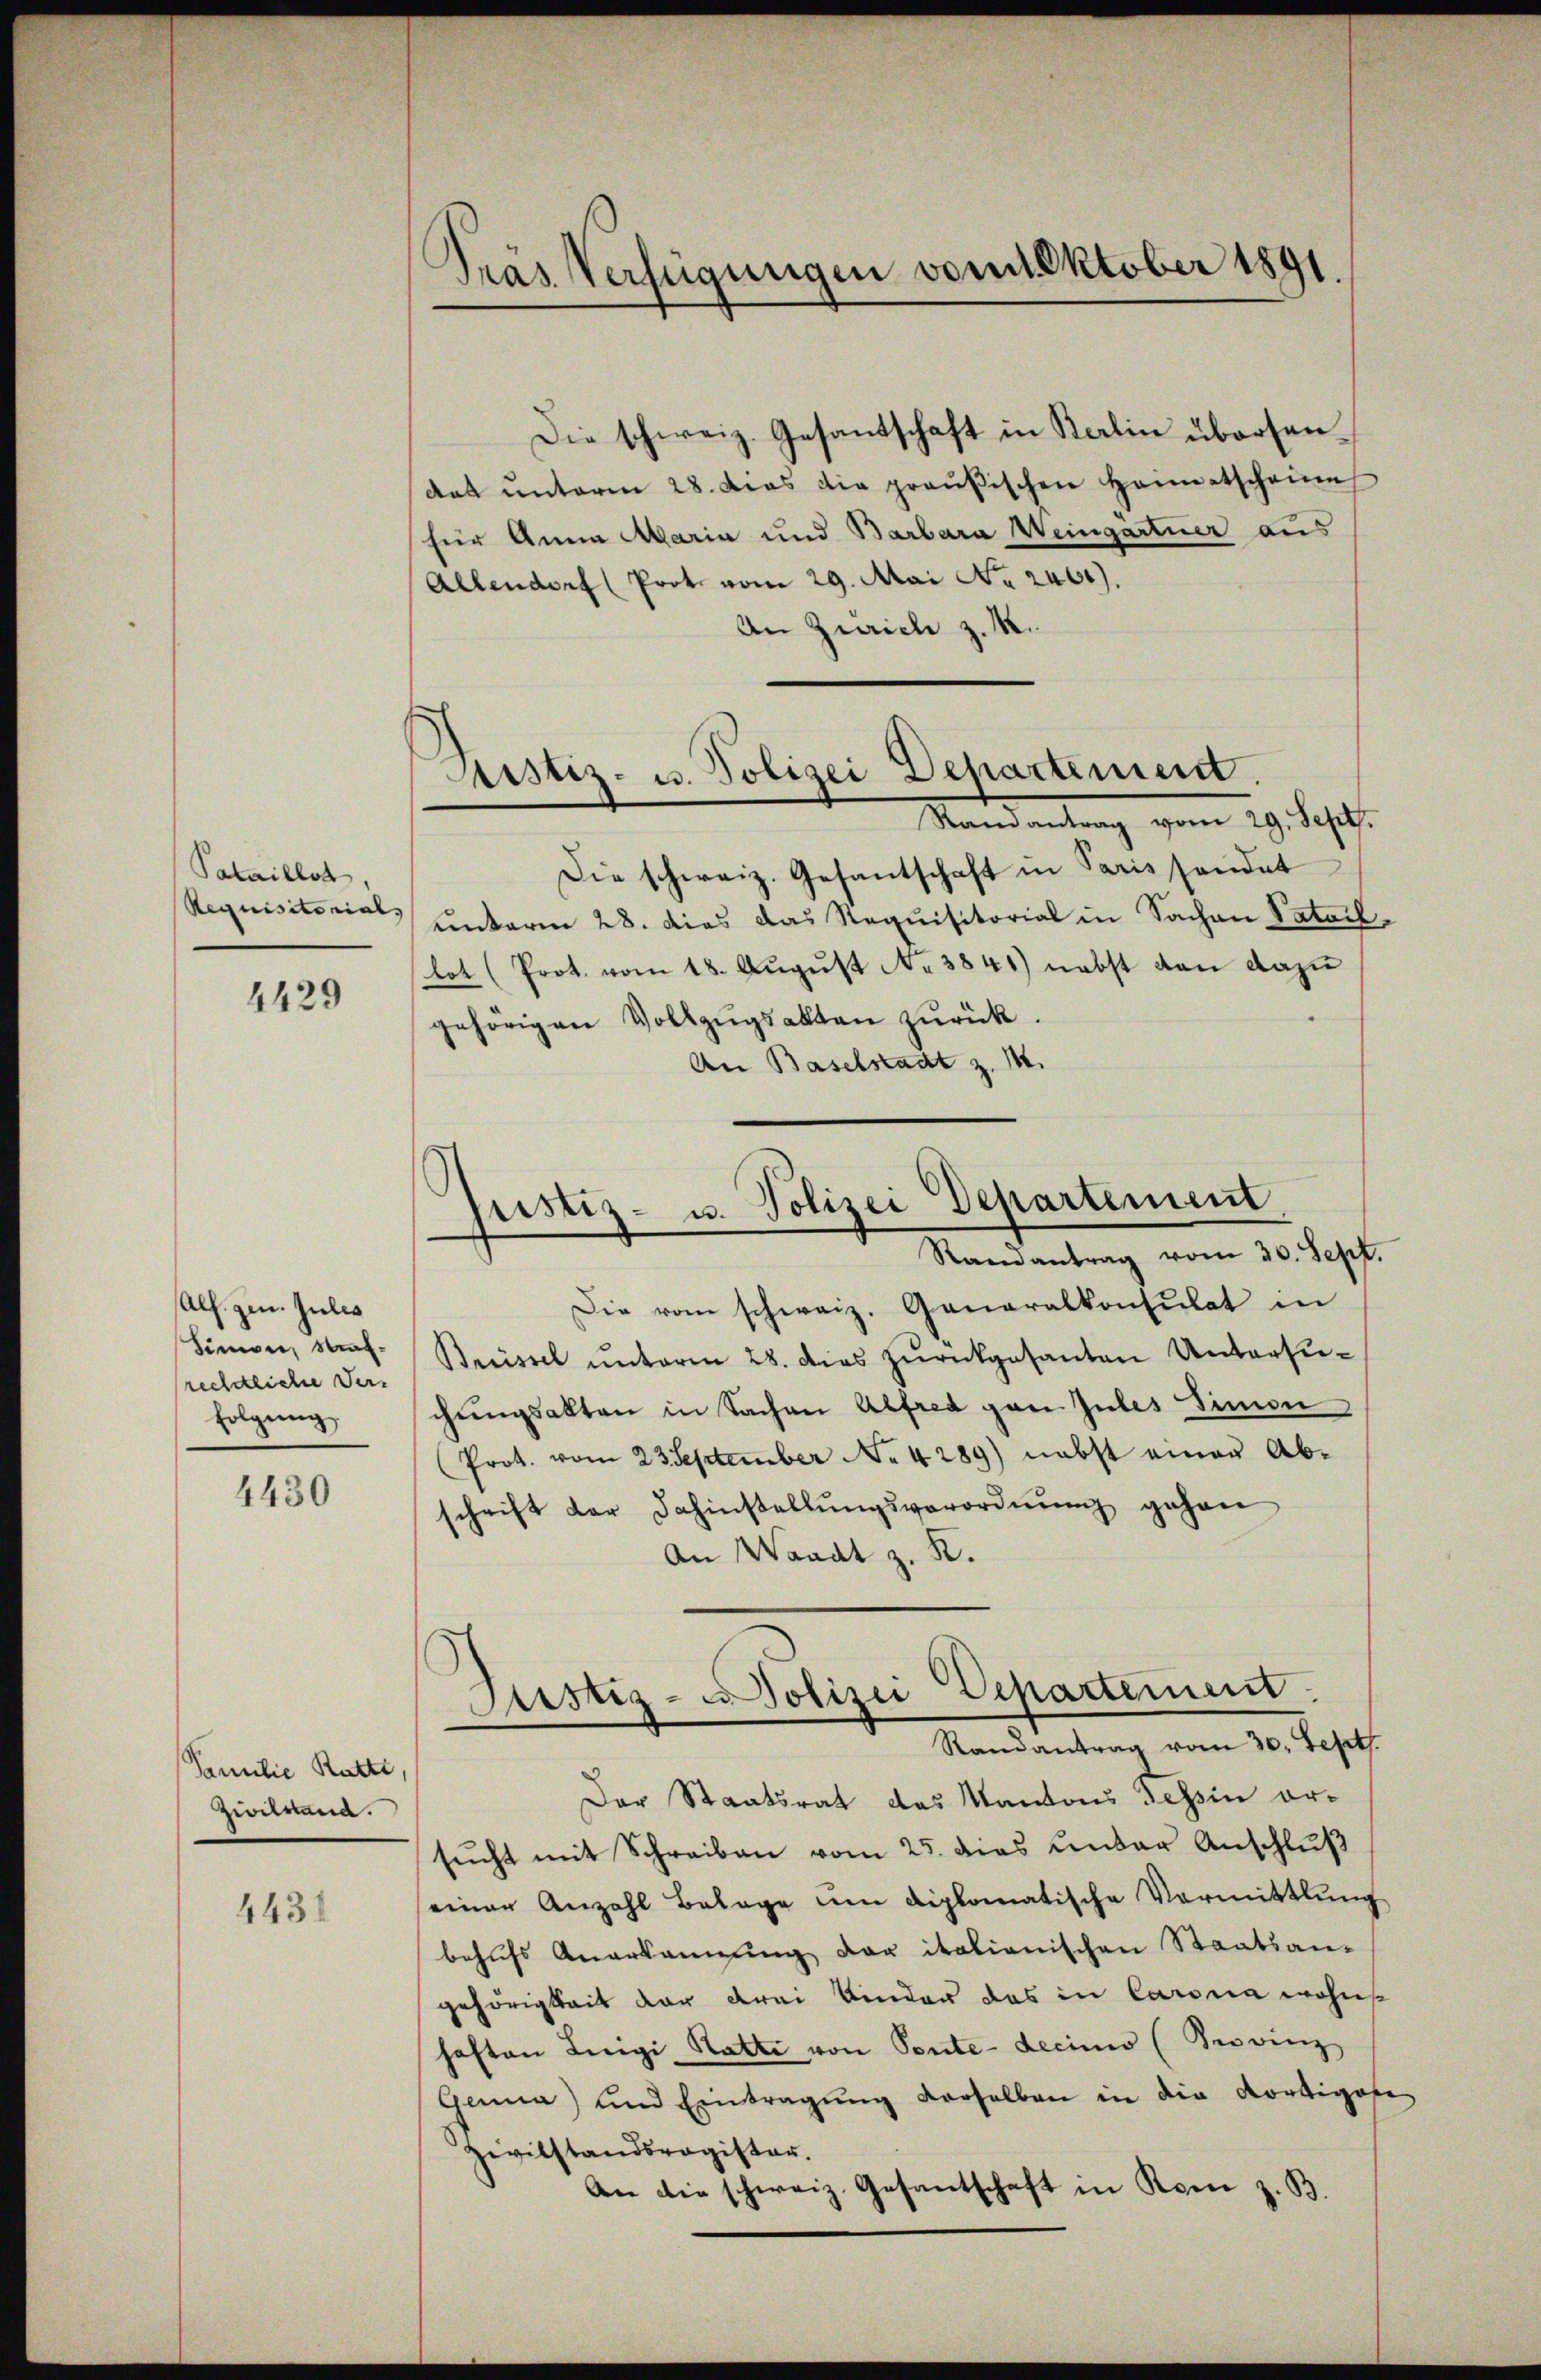
Pataillot,
Requisitorial.

4429

Alf. gen. Julis
Simoni, Strafrechtliche Verfolgung

4430

Familie Ratti,
Zivilstand.

4431

Präs. Verfügungen von Oktober 1891.

dat unteren 28. das die praŭβischen Hammetschein
für Anna Maria und Barbara Weingartner aus
Allendorf (Prot. vom 29. Mai No 2460).
An Zürich z. R.
Rustiz- u. Polizei Departement.
Randantrag vom 29. Sept.
Die schweiz. Gesantschaft in Paris sandet
unterm 28. dies das Requisitorial in Sachen Patoil,
lot (Prot. vom 18. Aŭgŭst Nr. 3841) nebst dan dazu
gehörigen Vollzŭgsakten zŭrück.
An Baselstadt z. M.

Die schweiz. Gesandtschaft in Kalin übersen¬

Justiz- u. Polizei Departement
Randantrag vom 30. Sept.

Justiz- u Polizei Departement.
Randantrag vom 30. Sept.

Die vom schweiz. Generalkonsulat in
Brüssel unterm 28. dies zŭrückgesanten Untersuchungsakten in Sachen Alfred gan Gutes Simon
(Prot. vom 23. September No. 4289) nebst einer Ab-
schrift der Dahinstellŭngsverordnŭng gehen
An Waadt z. R.
Der Staatsrat das Kantons Tessin orsŭcht mit Schreiben vom 25. dies unter Anschlŭβ
seiner Anzahl Belage um diplomatische Vormittlung
behŭfs Anerkannung der italionischen Staatsan-
gehörigkeit der drei Kinder das in Carina wohnt
haften Luigi Ratte von Pente-decimo (Provinz
Gana) und Eintragŭng derselben in die Kortigese
Zivilstandsregister.
An die schweiz. Gesantschaft in Rom z. B